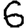
Digit: 6